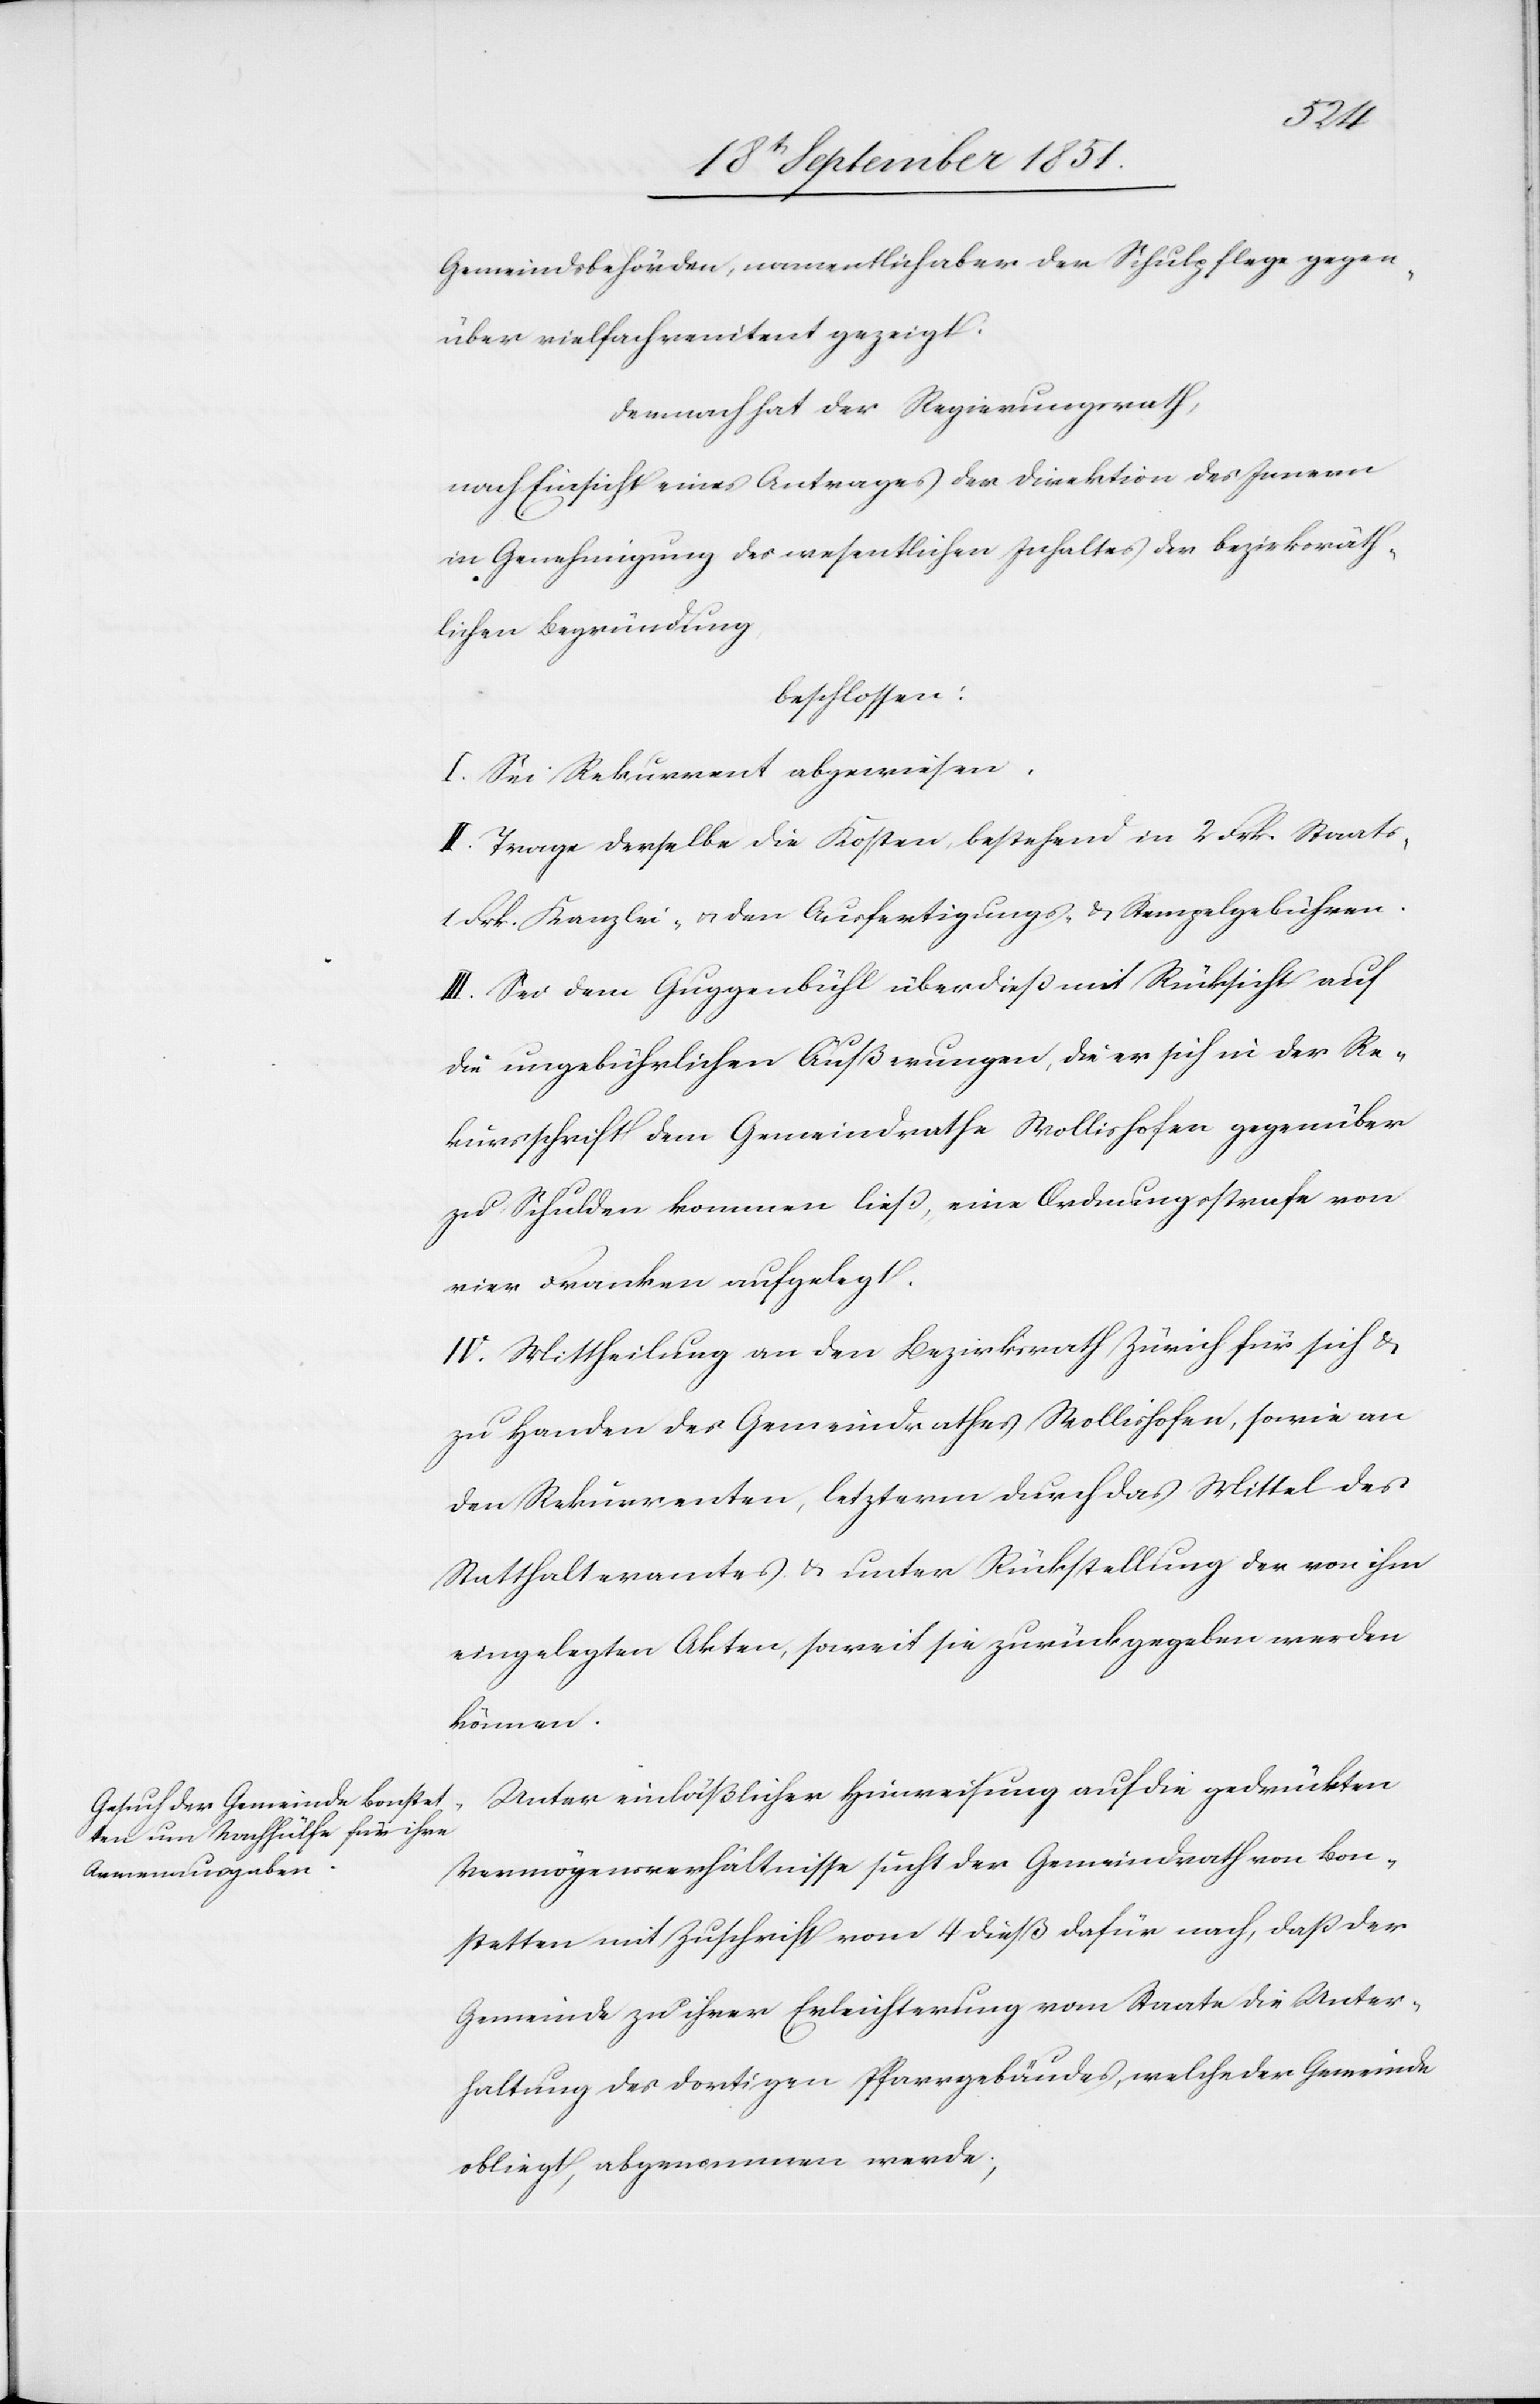
Gemeindsbehörden, namentlich aber der Schulpflege gegen¬
über vielfach renitent gezeigt.
Demnach hat der Regierungsrath,
nach Einsicht eines Antrages der Direktion des Innern
in Genehmigung des wesentlichen Inhaltes der bezirksräth¬
lichen Begründung,
beschlossen:
I. Sei Rekurrent abgewiesen.
II. Trage derselbe die Kosten, bestehend in 2 Frk. Staats-[,]
1 Frk. Kanzlei- & den Ausfertigungs- & Stempelgebühren.
III. Sei dem Guggenbühl überdieß mit Rücksicht auf
die ungebührlichen Äußerungen, die er sich in der Re¬
kursschrift dem Gemeindrathe Wollishofen gegenüber
zu Schulden kommen ließ, eine Ordnungsstrafe von
vier Franken aufgelegt.
IV. Mittheilung an den Bezirksrath Zürich für sich &
zu Handen des Gemeindrathes Wollishofen, sowie an
den Rekurrenten, letzterm durch das Mittel des
Statthalteramtes & unter Rückstellung der von ihm
eingelegten Akten, soweit sie zurückgegeben werden
können.
Unter einläßlicher Hinweisung auf die gedrückten
Vermögensverhältnisse sucht der Gemeindrath von Bon¬
stetten mit Zuschrift vom 4 dieß dafür nach, daß der
Gemeinde zu ihrer Erleichterung vom Staate die Unter¬
haltung des dortigen Pfarrgebäudes, welche der Gemeinde
obliegt, abgenommen werde;